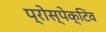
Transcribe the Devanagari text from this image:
प्रोस्पेक्टिव